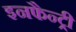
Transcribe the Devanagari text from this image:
इनफैन्ट्री